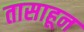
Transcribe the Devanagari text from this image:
तासाहून